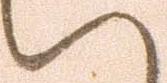
い